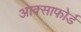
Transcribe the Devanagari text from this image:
आक्साफोर्ड